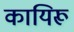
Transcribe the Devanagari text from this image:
कायिरू